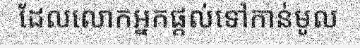
ដែលលោកអ្នកផ្តល់ទៅកាន់មូល